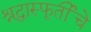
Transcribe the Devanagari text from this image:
श्रद्धास्फूर्तीचे